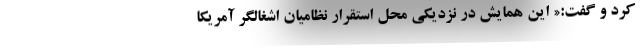
کرد و گفت:« این همایش در نزدیکی محل استقرار نظامیان اشغالگر آمریکا